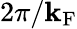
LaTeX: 2\pi/\mathbf{k}_{\mathrm{{F}}}